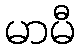
မာမီ